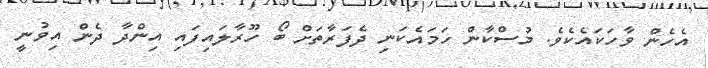
އެހެން ވާހަކައެކެވެ. މުސްކާން ހަމައެކަނި ދެފަރާތަށް ބޯ ހޫރާލައިފައި އިންދާ ދެން އިވުނީ